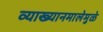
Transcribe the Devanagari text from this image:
व्याख्यानमालेमुळे